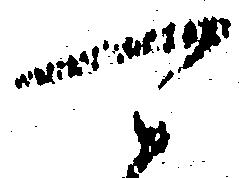
可